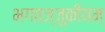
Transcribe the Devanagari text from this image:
भगवज्जुकीयम्‌